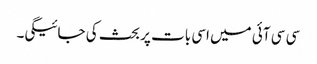
سی سی آئی میں اسی بات پر بحث کی جائیگی۔